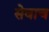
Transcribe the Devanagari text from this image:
सेवाच